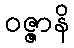
ဝဇ္ဇာနိ